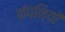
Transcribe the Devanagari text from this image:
कंपनियों